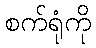
စက်ရုံကို